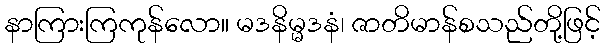
နာကြားကြကုန်လော။ မဒနိမ္မဒနံ၊ ဇာတိမာန်စသည်တို့ဖြင့်